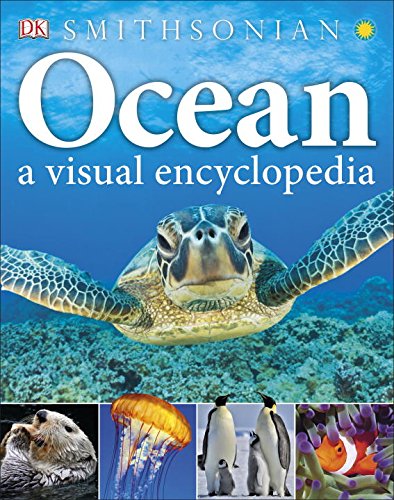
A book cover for Ocean: A Visual Encyclopedia; DK Publishing; Reference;